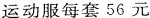
运动服每套56元